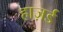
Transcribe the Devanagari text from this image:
हाज़र्ड